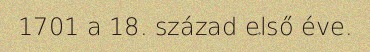
1701 a 18. század első éve.